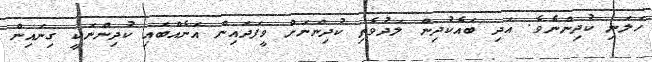
ހަލަނި ކުދިންނެވެ. އަދި ބައެކުދިން ލަދުވެތި ކުދިންނަށް ވީފަދައިން އަނެއްބައި ކުދިންނަކީ ގިނައިން